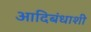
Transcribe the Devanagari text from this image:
आदिबंधाशी